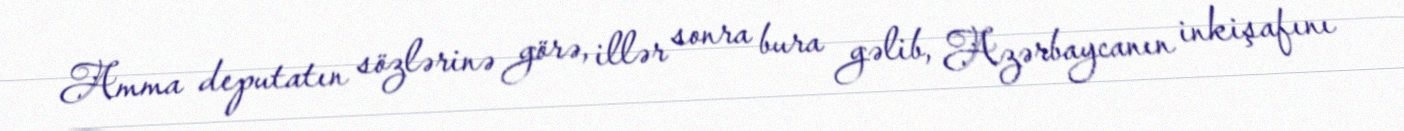
Amma deputatın sözlərinə görə, illər sonra bura gəlib, Azərbaycanın inkişafını